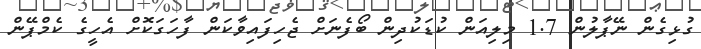
ގުޅިގެން ނޭޕާލުން 1.7 މިލިއަން ކުޑަކުދިން ބޯފެނަށް ޖެހިފައިވާކަން ފާހަގަކޮށް އެހީގެ ކެމްޕޭން